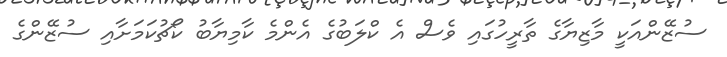
ސުޒޭންއަކީ މާޒިޔާގެ ތާރީހުގައި ވެސް އެ ކްލަބުގެ އެންމެ ކާމިޔާބު ކޯޗުކަމަށާއި ސުޒޭންގެ